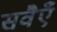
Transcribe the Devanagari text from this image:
सवैएँ